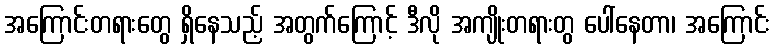
အကြောင်းတရားတွေ ရှိနေသည့် အတွက်ကြောင့် ဒီလို အကျိုးတရားတွ ပေါ်နေတာ၊ အကြောင်း